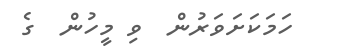
ހަމަކަށަވަރުން  ވި މީހުން  ގެ